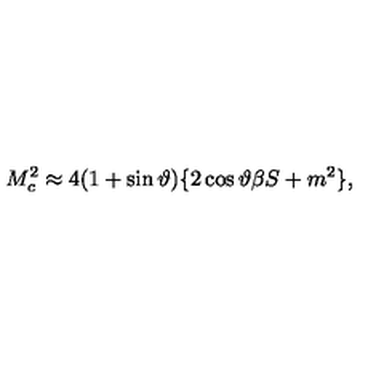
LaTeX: M _ { c } ^ { 2 } \approx 4 ( 1 + \sin \vartheta ) \{ 2 \cos \vartheta \beta S + m ^ { 2 } \} ,